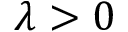
\lambda > 0